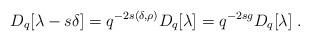
LaTeX: \begin{align*}D_q[\lambda-s\delta]=q^{-2s(\delta,\rho)}D_q[\lambda]=q^{-2sg}D_q[\lambda]\;.\end{align*}